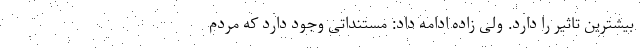
بیشترین تاثیر را دارد. ولی زاده ادامه داد: مستنداتی وجود دارد که مردم